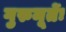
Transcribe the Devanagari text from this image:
गुरुमूर्तेः